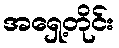
အရှေ့တိုင်း